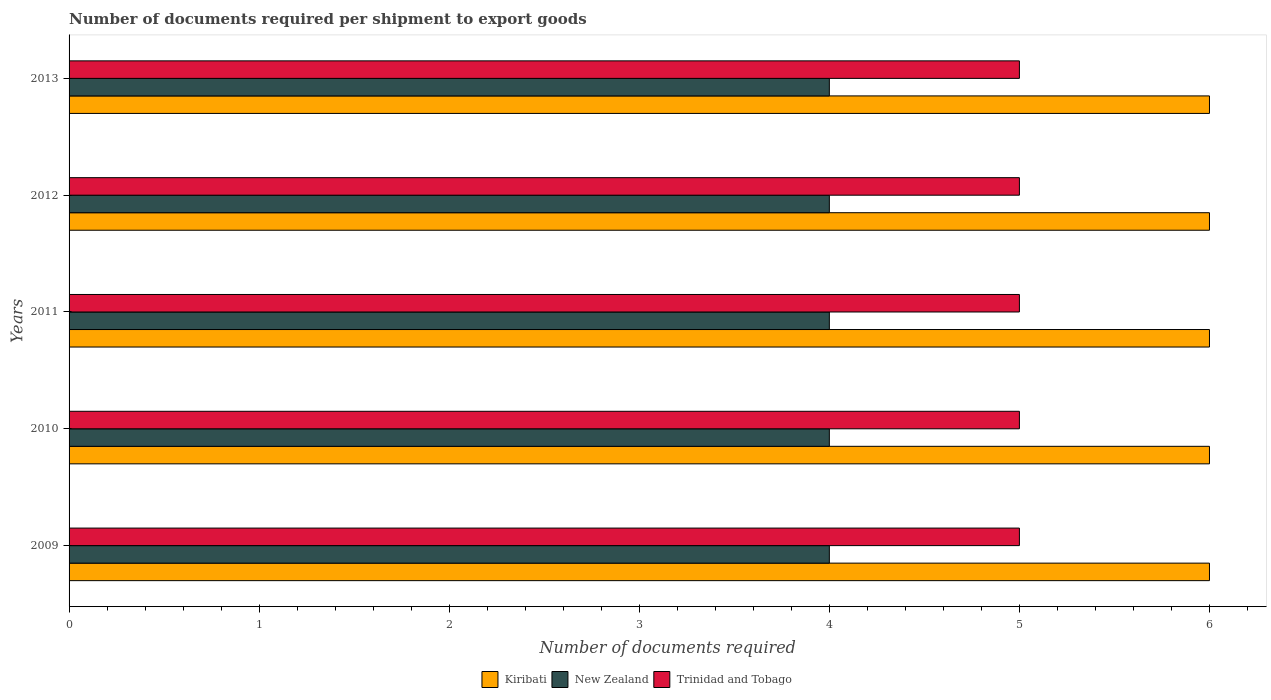
| Years | Kiribati | New Zealand | Trinidad and Tobago |
 | --- | --- | --- | --- |
 | 2009 | 6 | 4 | 5 |
 | 2010 | 6 | 4 | 5 |
 | 2011 | 6 | 4 | 5 |
 | 2012 | 6 | 4 | 5 |
 | 2013 | 6 | 4 | 5 |